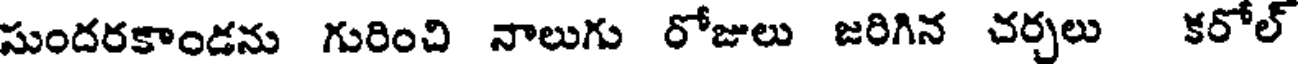
సుందరకాండను గురించి నాలుగు రోజులు జరిగిన చర్చలు కరోల్